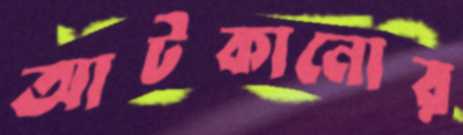
আটকানোর